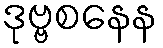
ဒုဗ္ဗစနေန